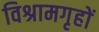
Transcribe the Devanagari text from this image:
विश्रामगृहों